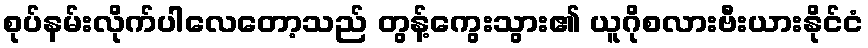
စုပ်နမ်းလိုက်ပါလေတော့သည် တွန့်ကွေးသွား၏ ယူဂိုစလားဗီးယားနိုင်ငံ